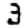
Digit: 3